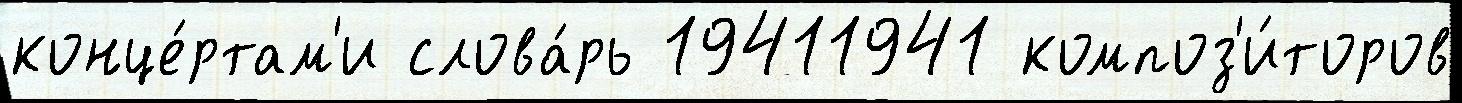
конце́ртам'и слова́рь 19411941 композ'и́торов